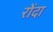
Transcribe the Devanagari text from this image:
रोंदा